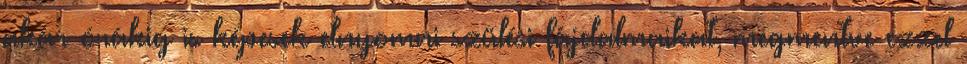
akár órákig is képesek elnyomni szülési fájdalmaikat, megmentve ezzel